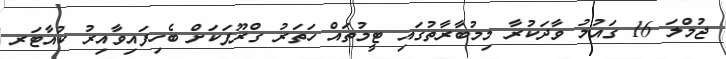
ޖުމްލަ 16 ގައުމު ވާދަކުރާ މިމުބާރާތުގައި ޓީމުތައް ހަތަރު ގްރޫޕަކަށް ބެހިފައިވާއިރު ކުއާޓަރ